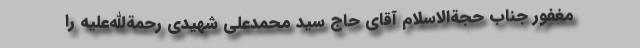
مغفور جناب حجةالاسلام آقای حاج سید محمدعلی شهیدی رحمةالله‌علیه را